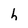
Character: h